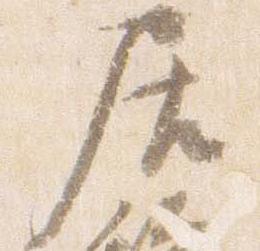
居